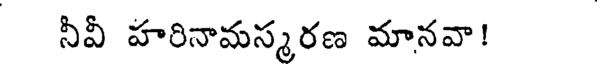
నీవీ హరినామస్మరణ మానవా!